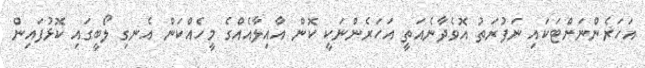
އަހަރެންނަށްޓަކައި ނަފުރަތު އޮވެދާނެއަތީ އަހަރެންނަކީ ކޮން އާއިލާއެއްގެ މީހެއްކަން އެނގި ލޯބީގައި ކޮޅުފައިން